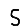
Digit: 5